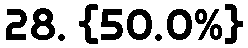
28. {50.0%}